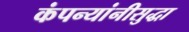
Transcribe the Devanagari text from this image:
कंपन्यांनीसुद्धा